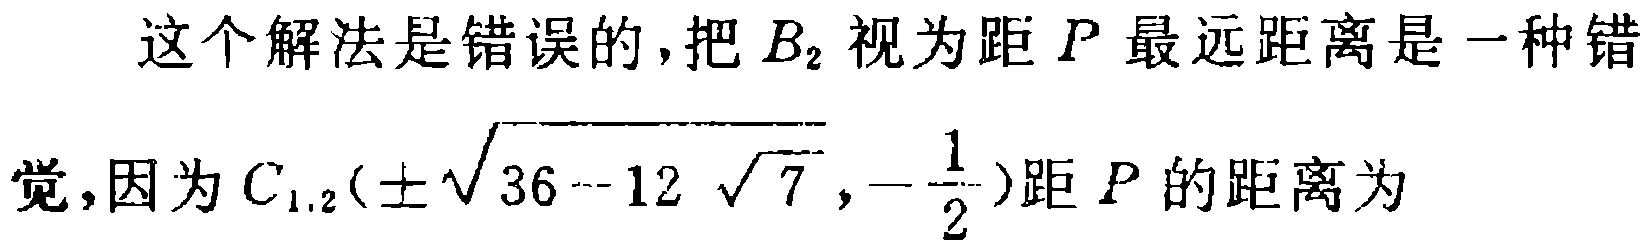
这个解法是错误的,把 \(B_{2}\) 视为距 \(P\) 最远距离是一种错
觉,因为 \(C_{1,2}(\pm\sqrt{36 - 12\sqrt{7}},-\frac{1}{2})\) 距 \(P\) 的距离为